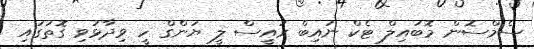
ސެމްސޮން މޮބައިލް ޓެކް ނައިބް ރައީސް ލީ ޔަންގް ހީ ވިދާޅުވި ގޮތުގައި